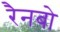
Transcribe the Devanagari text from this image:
रैनबो